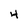
Character: 4